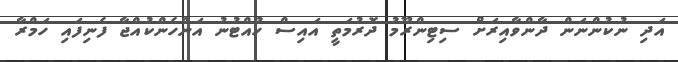
އަދި ނުކުންނަން ދާންވާއިރަށް ސިޓިންރޫމު ދޮރުމަތީ އައިސް ހުއްޓުނު އަންހެންކުއްޖާ ފެނިފައި ހަމްރާ